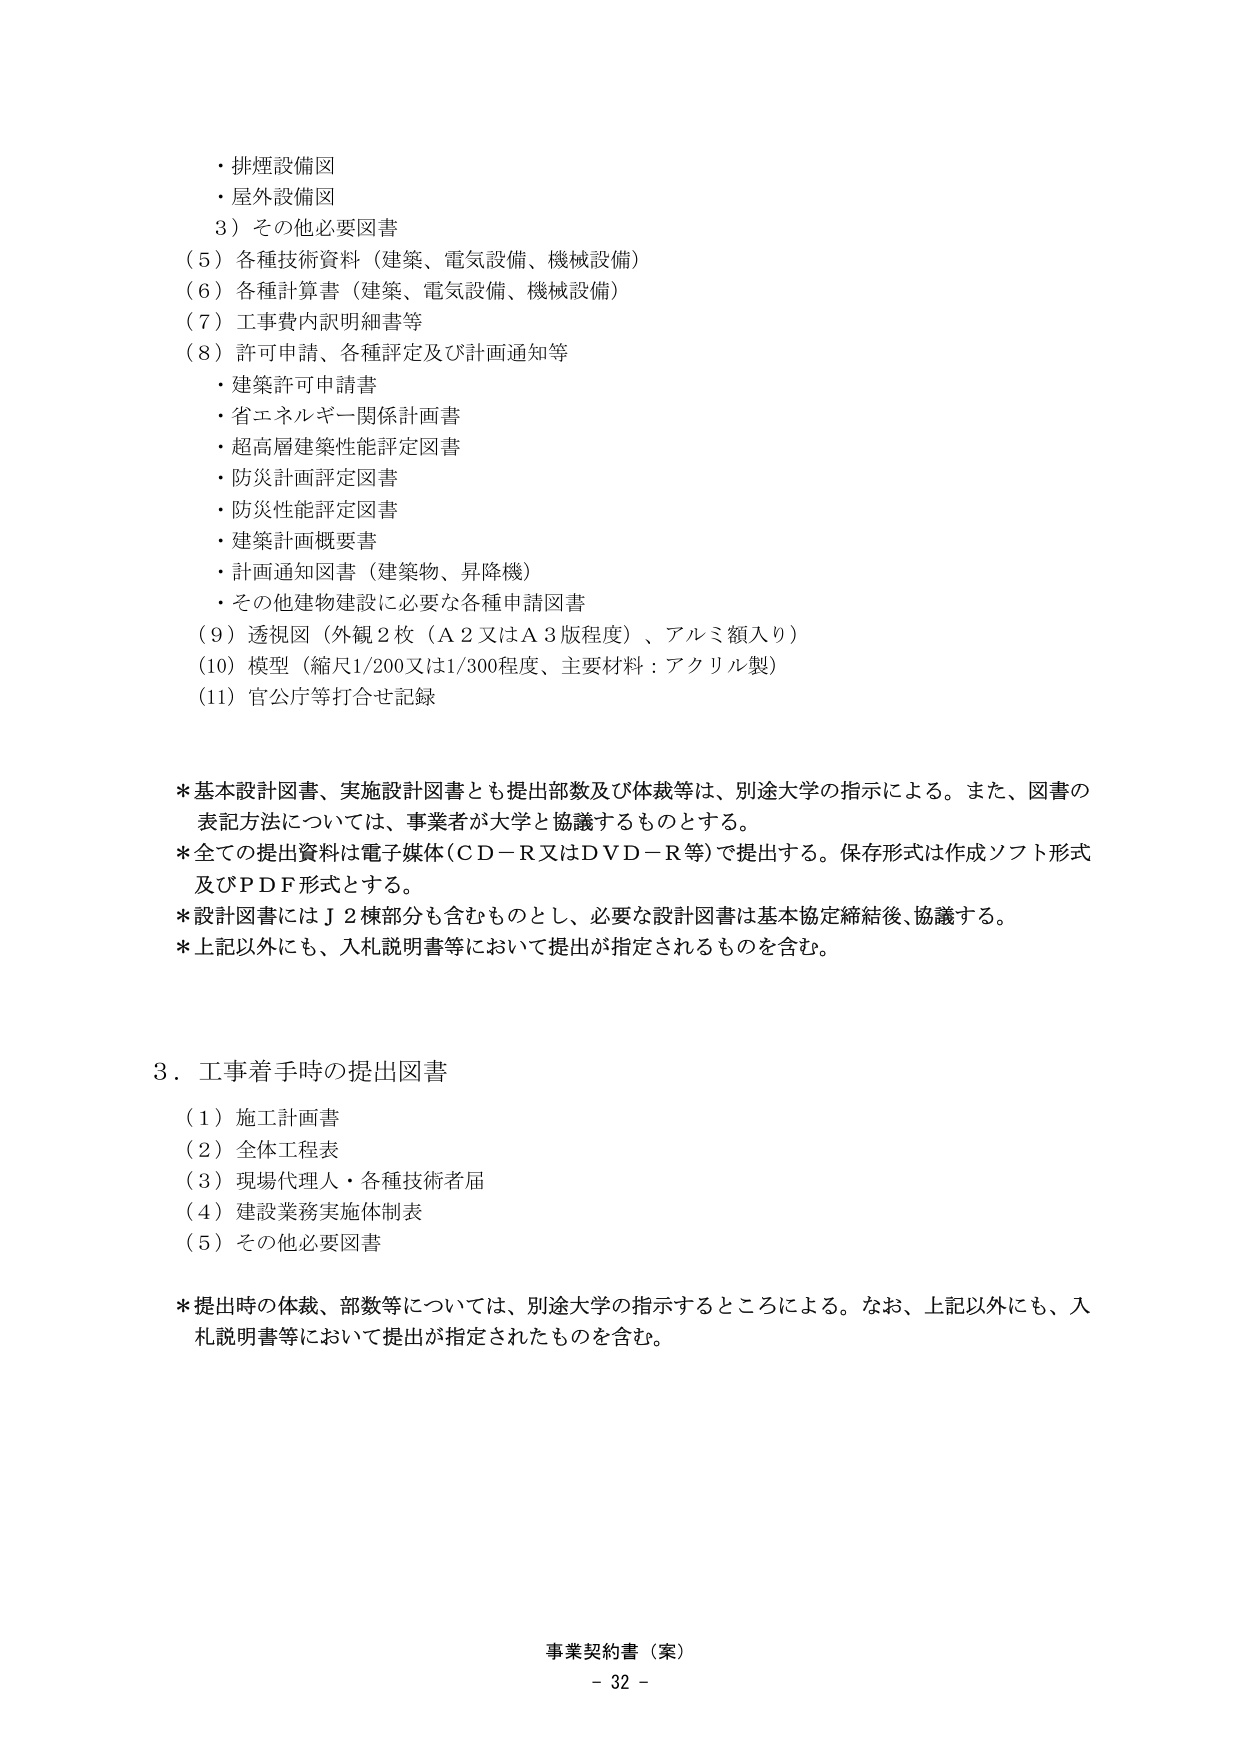
・排煙設備図
・屋外設備図
3）その他必要図書
（5）各種技術資料（建築、電気設備、機械設備）
（6）各種計算書（建築、電気設備、機械設備）
（7）工事費内訳明細書等
（8）許可申請、各種評定及び計画通知等
　・建築許可申請書
　・省エネルギー関係計画書
　・超高層建築性能評定図書
　・防災計画評定図書
　・防災性能評定図書
　・建築計画概要書
　・計画通知図書（建築物、昇降機）
　・その他建物建設に必要な各種申請図書
（9）透視図（外観2枚（A2又はA3版程度）、アルミ額入り）
（10）模型（縮尺1/200又は1/300程度、主要材料：アクリル製）
（11）官公庁等打合せ記録

＊基本設計図書、実施設計図書とも提出部数及び体裁等は、別途大学の指示による。また、図書の表記方法については、事業者が大学と協議するものとする。
＊全ての提出資料は電子媒体（CD－R又はDVD－R等）で提出する。保存形式は作成ソフト形式及びPDF形式とする。
＊設計図書にはJ2棟部分も含むものとし、必要な設計図書は基本協定締結後、協議する。
＊上記以外にも、入札説明書等において提出が指定されるものを含む。

3．工事着手時の提出図書
（1）施工計画書
（2）全体工程表
（3）現場代理人・各種技術者届
（4）建設業務実施体制表
（5）その他必要図書

＊提出時の体裁、部数等については、別途大学の指示するところによる。なお、上記以外にも、入札説明書等において提出が指定されたものを含む。

事業契約書（案）
－ 32 －